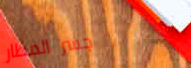
جسر المطار